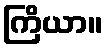
ကြိယာ။